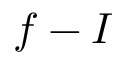
f - I